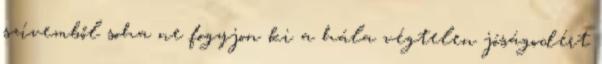
szívemből soha ne fogyjon ki a hála végtelen jóságodért